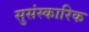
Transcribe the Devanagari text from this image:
सुसंस्कारिक